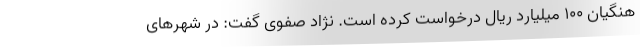
هنگیان ۱۰۰ میلیارد ریال درخواست کرده است. نژاد صفوی گفت: در شهرهای